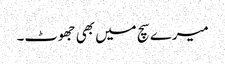
میرے سچ میں بھی جھوٹ۔